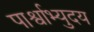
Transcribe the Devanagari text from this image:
पार्श्वाभ्युदय